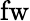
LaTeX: \mathrm{fw}